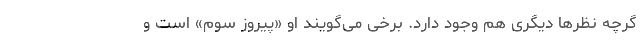
گرچه نظرها دیگری هم وجود دارد. برخی می‌گویند او «پیروز سوم» است و